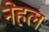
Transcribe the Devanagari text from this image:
नेहल